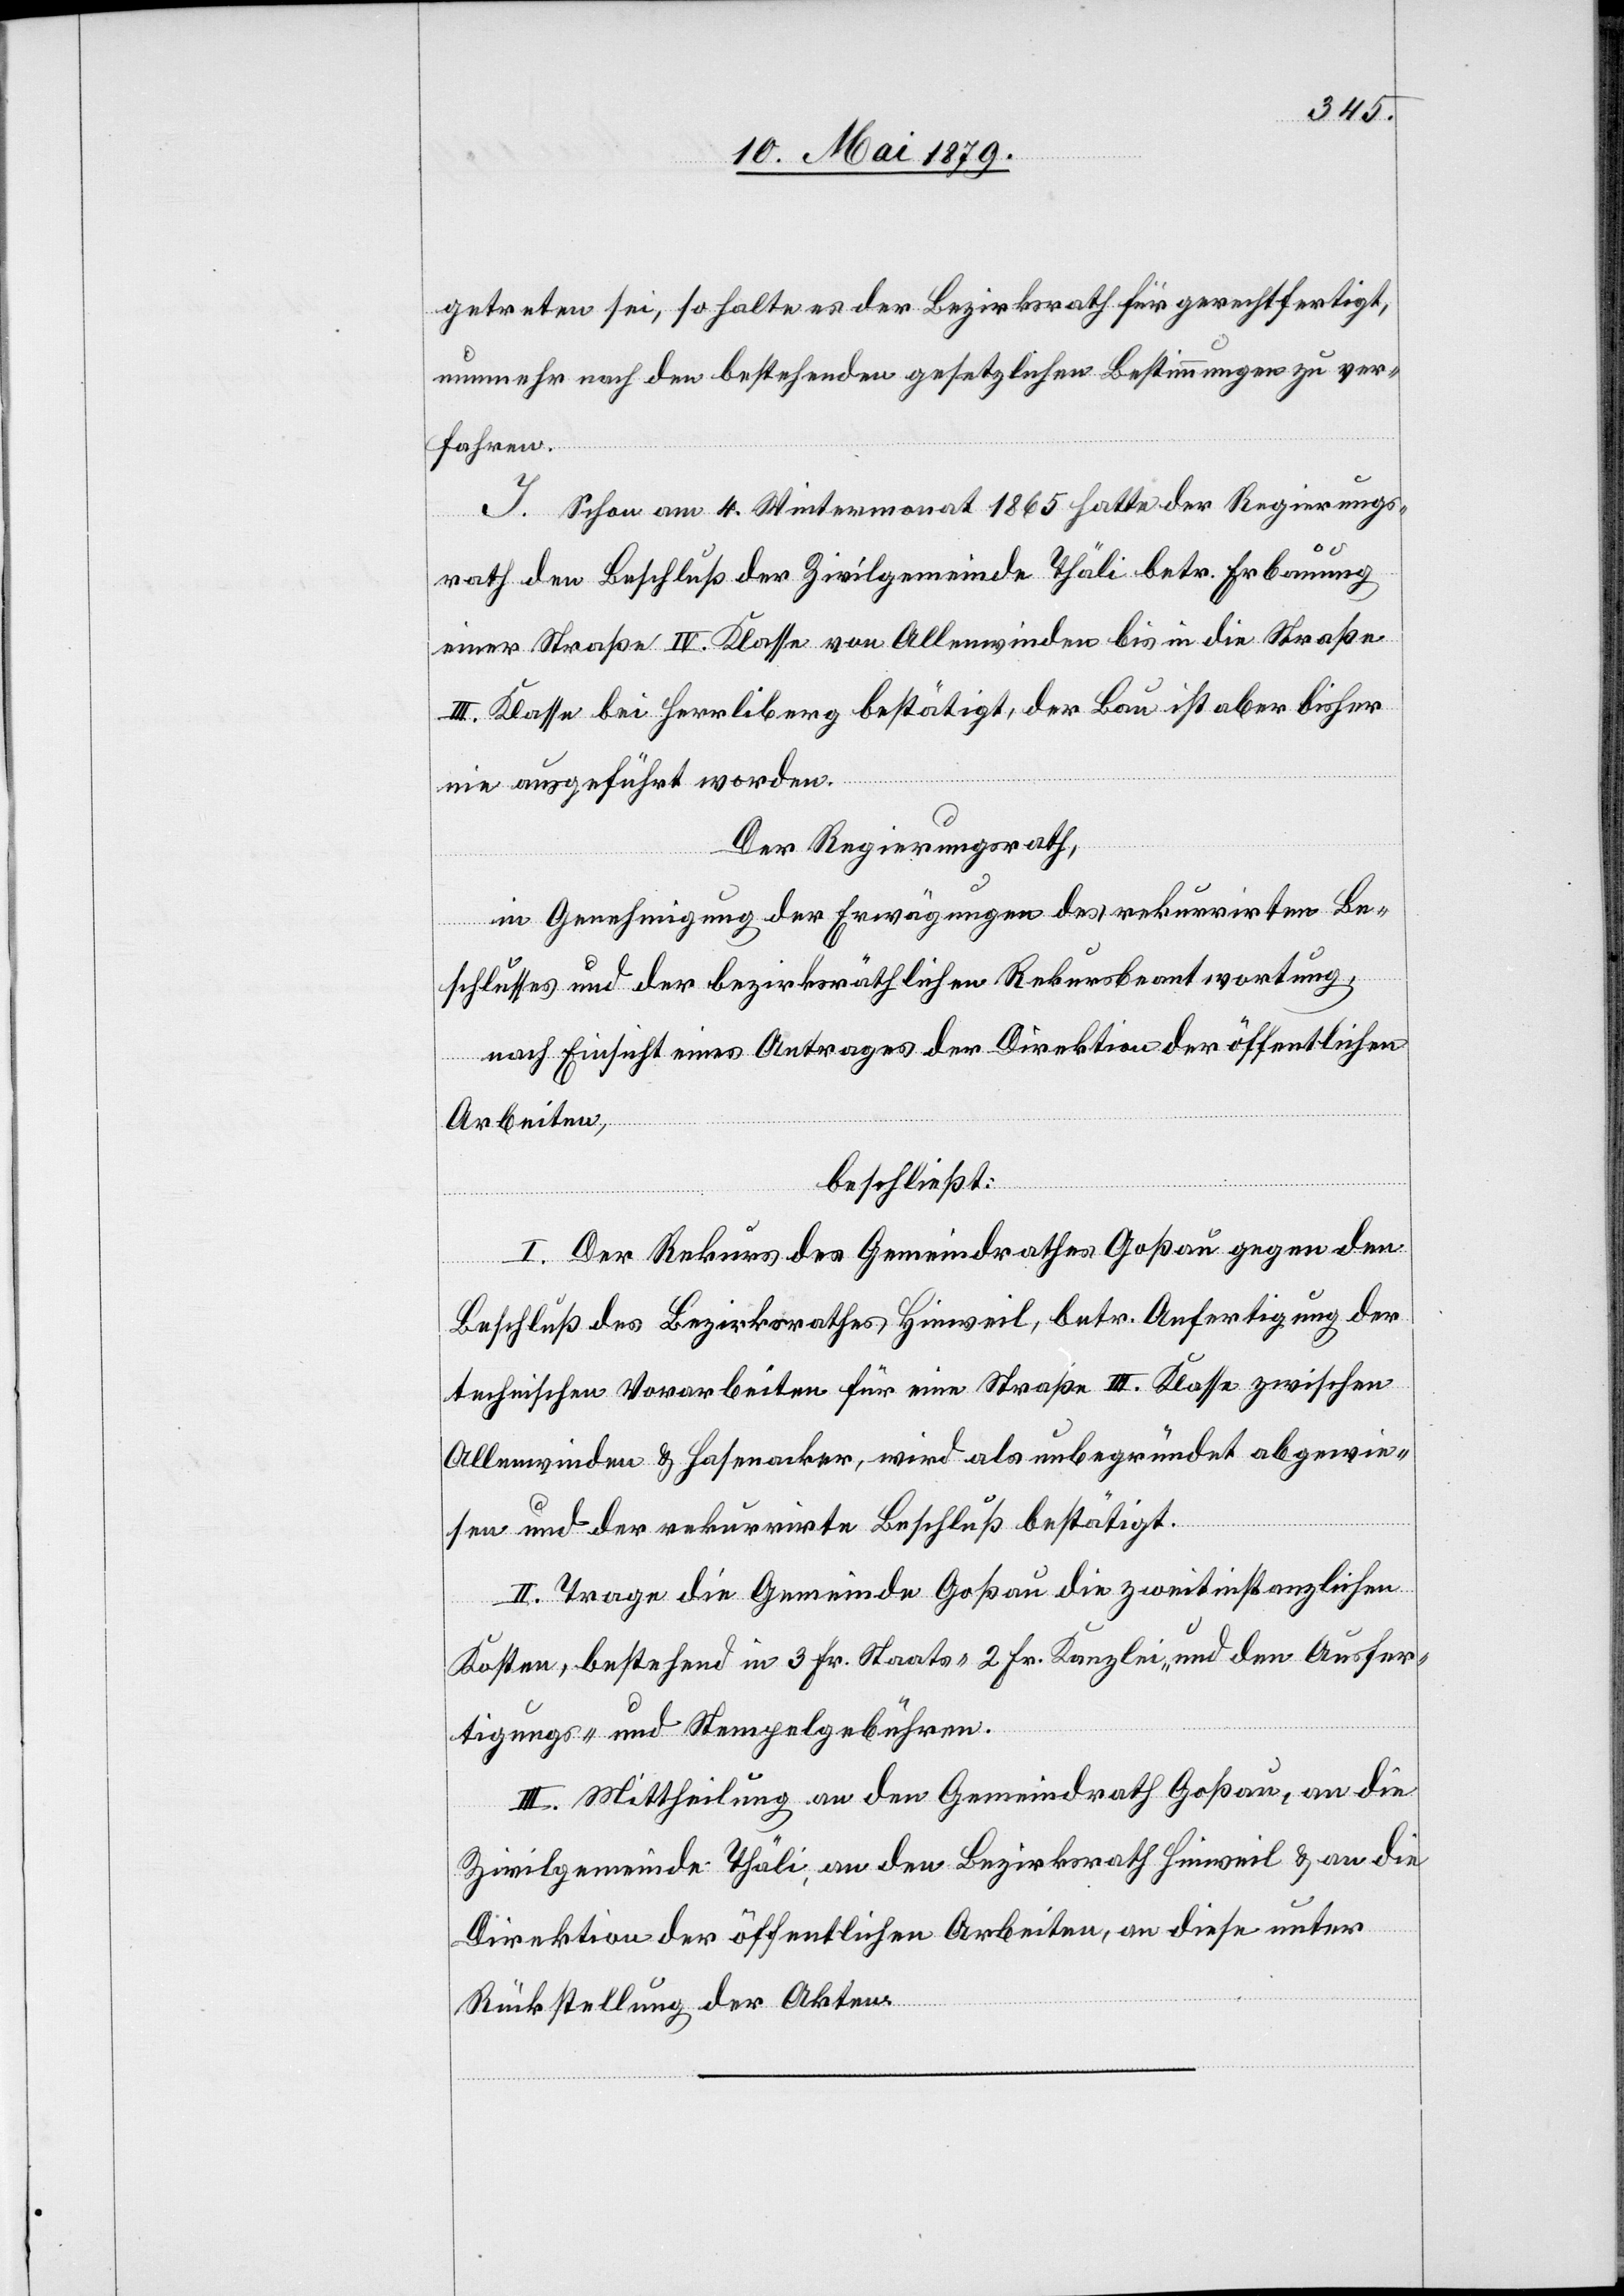
getreten sei, so halte es der Bezirksrath für gerechtfertigt,
nunmehr nach den bestehenden gesetzlichen Bestimmungen zu ver¬
fahren.
I. Schon am 4. Wintermonat 1865 hatte der Regierungs¬
rath den Beschluß der Zivilgemeinde Thäli betr. Erbauung
einer Straße IV. Klasse von Allenwinden bis in die Straße
III. Klasse bei Herrliberg bestätigt, der Bau ist aber bisher
nie ausgeführt worden.
Der Regierungsrath,
in Genehmigung der Erwägungen des rekurrirten Be¬
schlusses und der bezirksräthlichen Rekursbeantwortung,
nach Einsicht eines Antrages der Direktion der öffentlichen
Arbeiten,
beschließt:
I. Der Rekurs des Gemeindrathes Goßau gegen den
Beschluß des Bezirksrathes Hinweil, betr. Anfertigung der
technischen Vorarbeiten für eine Straße III. Klasse zwischen
Allenwinden & Hasenacker, wird als unbegründet abgewie¬
sen und der rekurrirte Beschluß bestätigt.
II. Trage die Gemeinde Goßau die zweitinstanzlichen
Kosten, bestehend in 3 Fr. Staats- 2 Fr. Kanzlei- und den Ausfer¬
tigungs- und Stempelgebühren.
III. Mittheilung an den Gemeindrath Goßau, an die
Zivilgemeinde Thäli, an den Bezirksrath Hinweil & an die
Direktion der öffentlichen Arbeiten, an diese unter
Rückstellung der Akten.